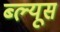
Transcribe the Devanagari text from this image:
ब्ल्यूस